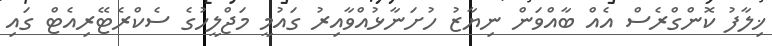
ޚިލާފު ކޮންގްރެސް އެއް ބާއްވަން ނިޔާޒު ހުށަނާޅުއްވާއިރު ގައުމީ މަޖްލީހުގެ ސެކްރެޓޭރިއެޓް ގައި